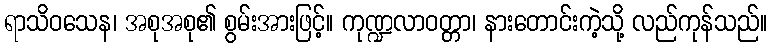
ရာသိဝသေန၊ အစုအစု၏ စွမ်းအားဖြင့်။ ကုဏ္ဍလာဝတ္တာ၊ နားတောင်းကဲ့သို့ လည်ကုန်သည်။